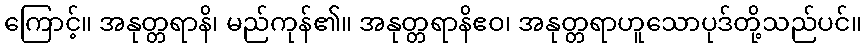
ကြောင့်။ အနုတ္တရာနိ၊ မည်ကုန်၏။ အနုတ္တရာနိဧဝ၊ အနုတ္တရာဟူသောပုဒ်တို့သည်ပင်။